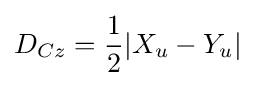
D_{Cz}={\frac {1}{2}}|X_{u}-Y_{u}|